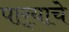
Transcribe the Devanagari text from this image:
पार्‍याचे